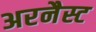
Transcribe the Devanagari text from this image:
अरनैस्ट